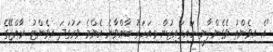
"އެ އިވެންތު ވެގެންދާނީ ހައިރައިޒުން މިއަހަރު ބާއްވާނެ އެންމެ ވަރުގަދަ އިވެންޓު. ރާއްޖޭގެ